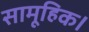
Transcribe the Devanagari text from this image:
सामूहिक।